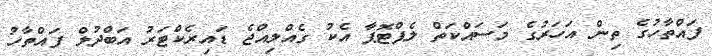
ފައްތާހުގެ ތިން އަހަރުގެ މަސައްކަތް ލެޕްޓޮޕާ އެކު ގެއްލިއްޖެ ޑައިރެކްޓަރު އަބްދުލް ފައްތާހު